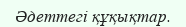
Әдеттегі құқықтар.